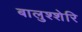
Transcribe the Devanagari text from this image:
बालुश्शेरि